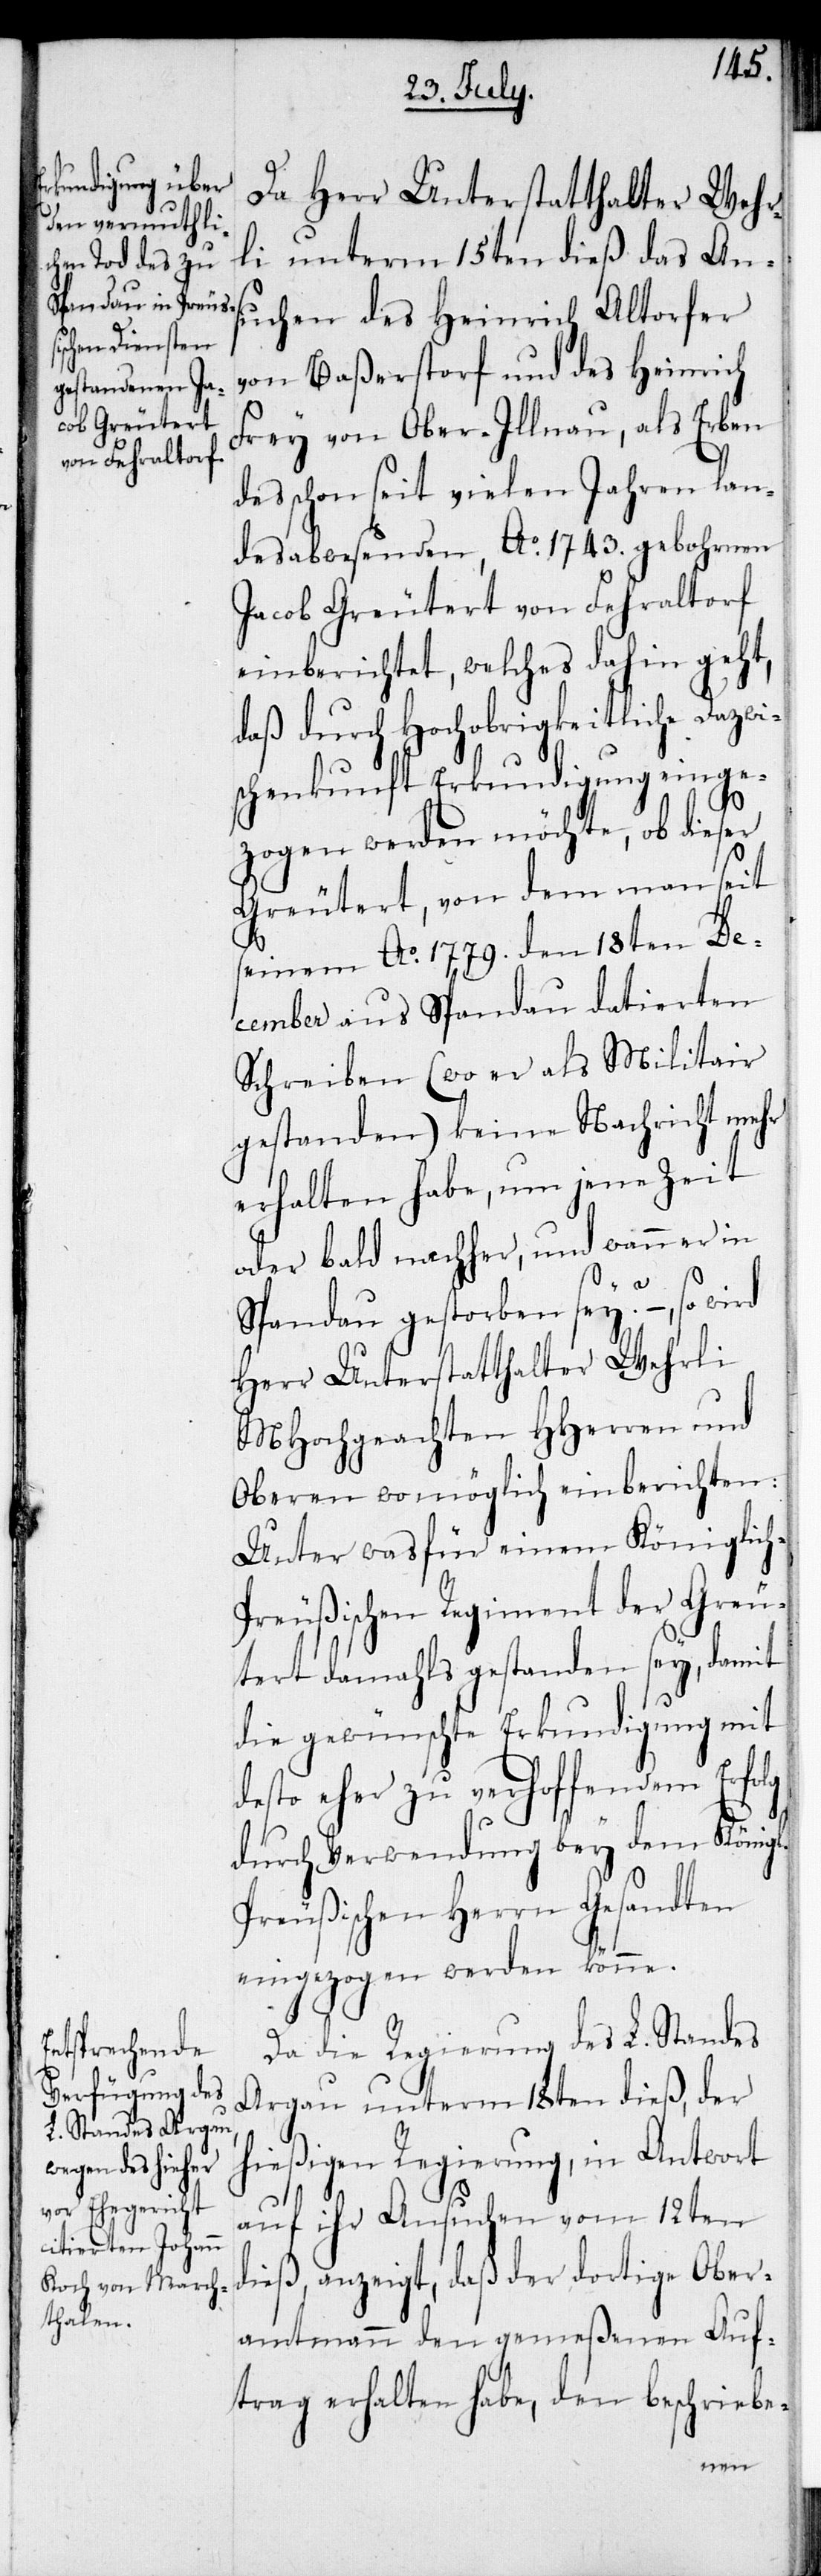
Da Herr Unterstatthalter Wehr¬
li unterm 15ten dieß das An¬
suchen des Heinrich Altorfer
von Baßerstorf und des Heinrich
Frey von Ober-Illnau, als Erben
des schon seit vielen Jahren lan¬
desabwesenden, Ao 1743. gebohrene
Jacob Greutert von Fehraltorf
einberichtet, welches dahin geht,
daß durch Hochobrigkeitliche Dazwi¬
schenkunft Erkundigung einge¬
zogen werden möchte, ob dieser
Greutert, von dem man seit
seinem Ao 1779. den 18ten De¬
cember aus Spandau datierten
Schreiben (wo er als Militair
gestanden) keine Nachricht mehr
erhalten habe, um jene Zeit
oder bald nachher, und wann er in
Spandau gestorben sey? –, so
Herr Unterstatthalter Wehrli
MHochgeachten HHerren und
Oberen womöglich einberichten:
unter was für einem Königlic¬
h-Preußischen Regiment der Greu¬
tert damahls gestanden sey, damit
die gewünschte Erkundigung mit
desto eher zu verhoffendem Erfolg
durch Verwendung bey dem Königl.
Preußischen Herrn Gesandten
eingezogen werden könne.
Da die Regierung des L. Standes
Argau unterm 18ten dieß, der
hießigen Regierung, in Antwort
auf ihr Ansuchen vom 12ten
dieß, anzeigt, daß der dortige Ober¬
amtmann den gemeßenen Auf¬
trag erhalten habe, den beschriebe-